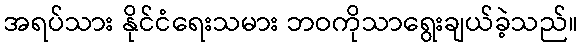
အရပ်သား နိုင်ငံရေးသမား ဘဝကိုသာရွေးချယ်ခဲ့သည်။